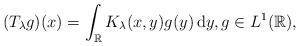
LaTeX: \begin{align*}(T_\lambda g)(x) = \int_{\mathbb R} K_\lambda(x,y) g(y)\,\mathrm d y,g\in L^1(\mathbb R),\end{align*}